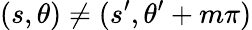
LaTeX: (s,\theta)\neq(s^{\prime},\theta^{\prime}+m\pi)